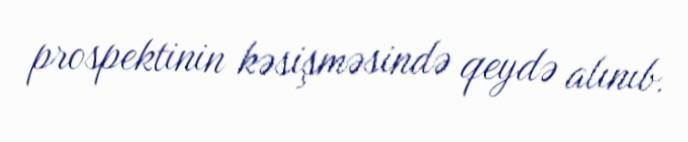
prospektinin kəsişməsində qeydə alınıb.